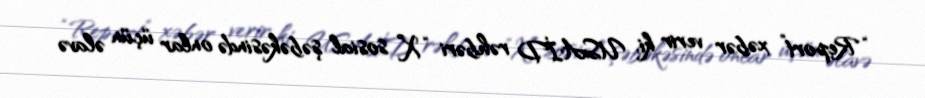
“Report” xəbər verir ki, USAİD rəhbəri “X” sosial şəbəkəsində onlar üçün əlavə